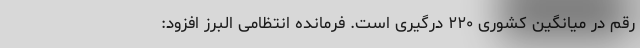
رقم در میانگین کشوری ۲۲۰ درگیری است. فرمانده انتظامی البرز افزود: